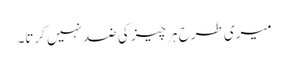
میری طرح ہر چیز کی ضد نہیں کرتا۔